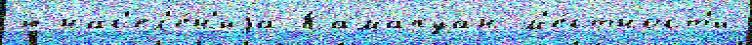
ю нас'ел'е́н'иjа Камапуан м'е́стност'и